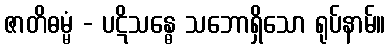
ဇာတိဓမ္မံ - ပဋိသန္ဓေ သဘောရှိသော ရုပ်နာမ်။